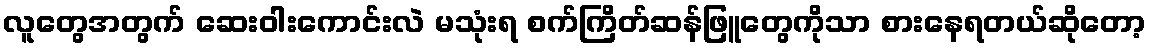
လူတွေအတွက် ဆေးဝါးကောင်းလဲ မသုံးရ စက်ကြိတ်ဆန်ဖြူတွေကိုသာ စားနေရတယ်ဆိုတော့